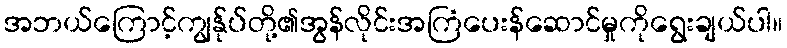
အဘယ်ကြောင့်ကျွန်ုပ်တို့၏အွန်လိုင်းအကြံပေးန်ဆောင်မှုကိုရွေးချယ်ပါ။